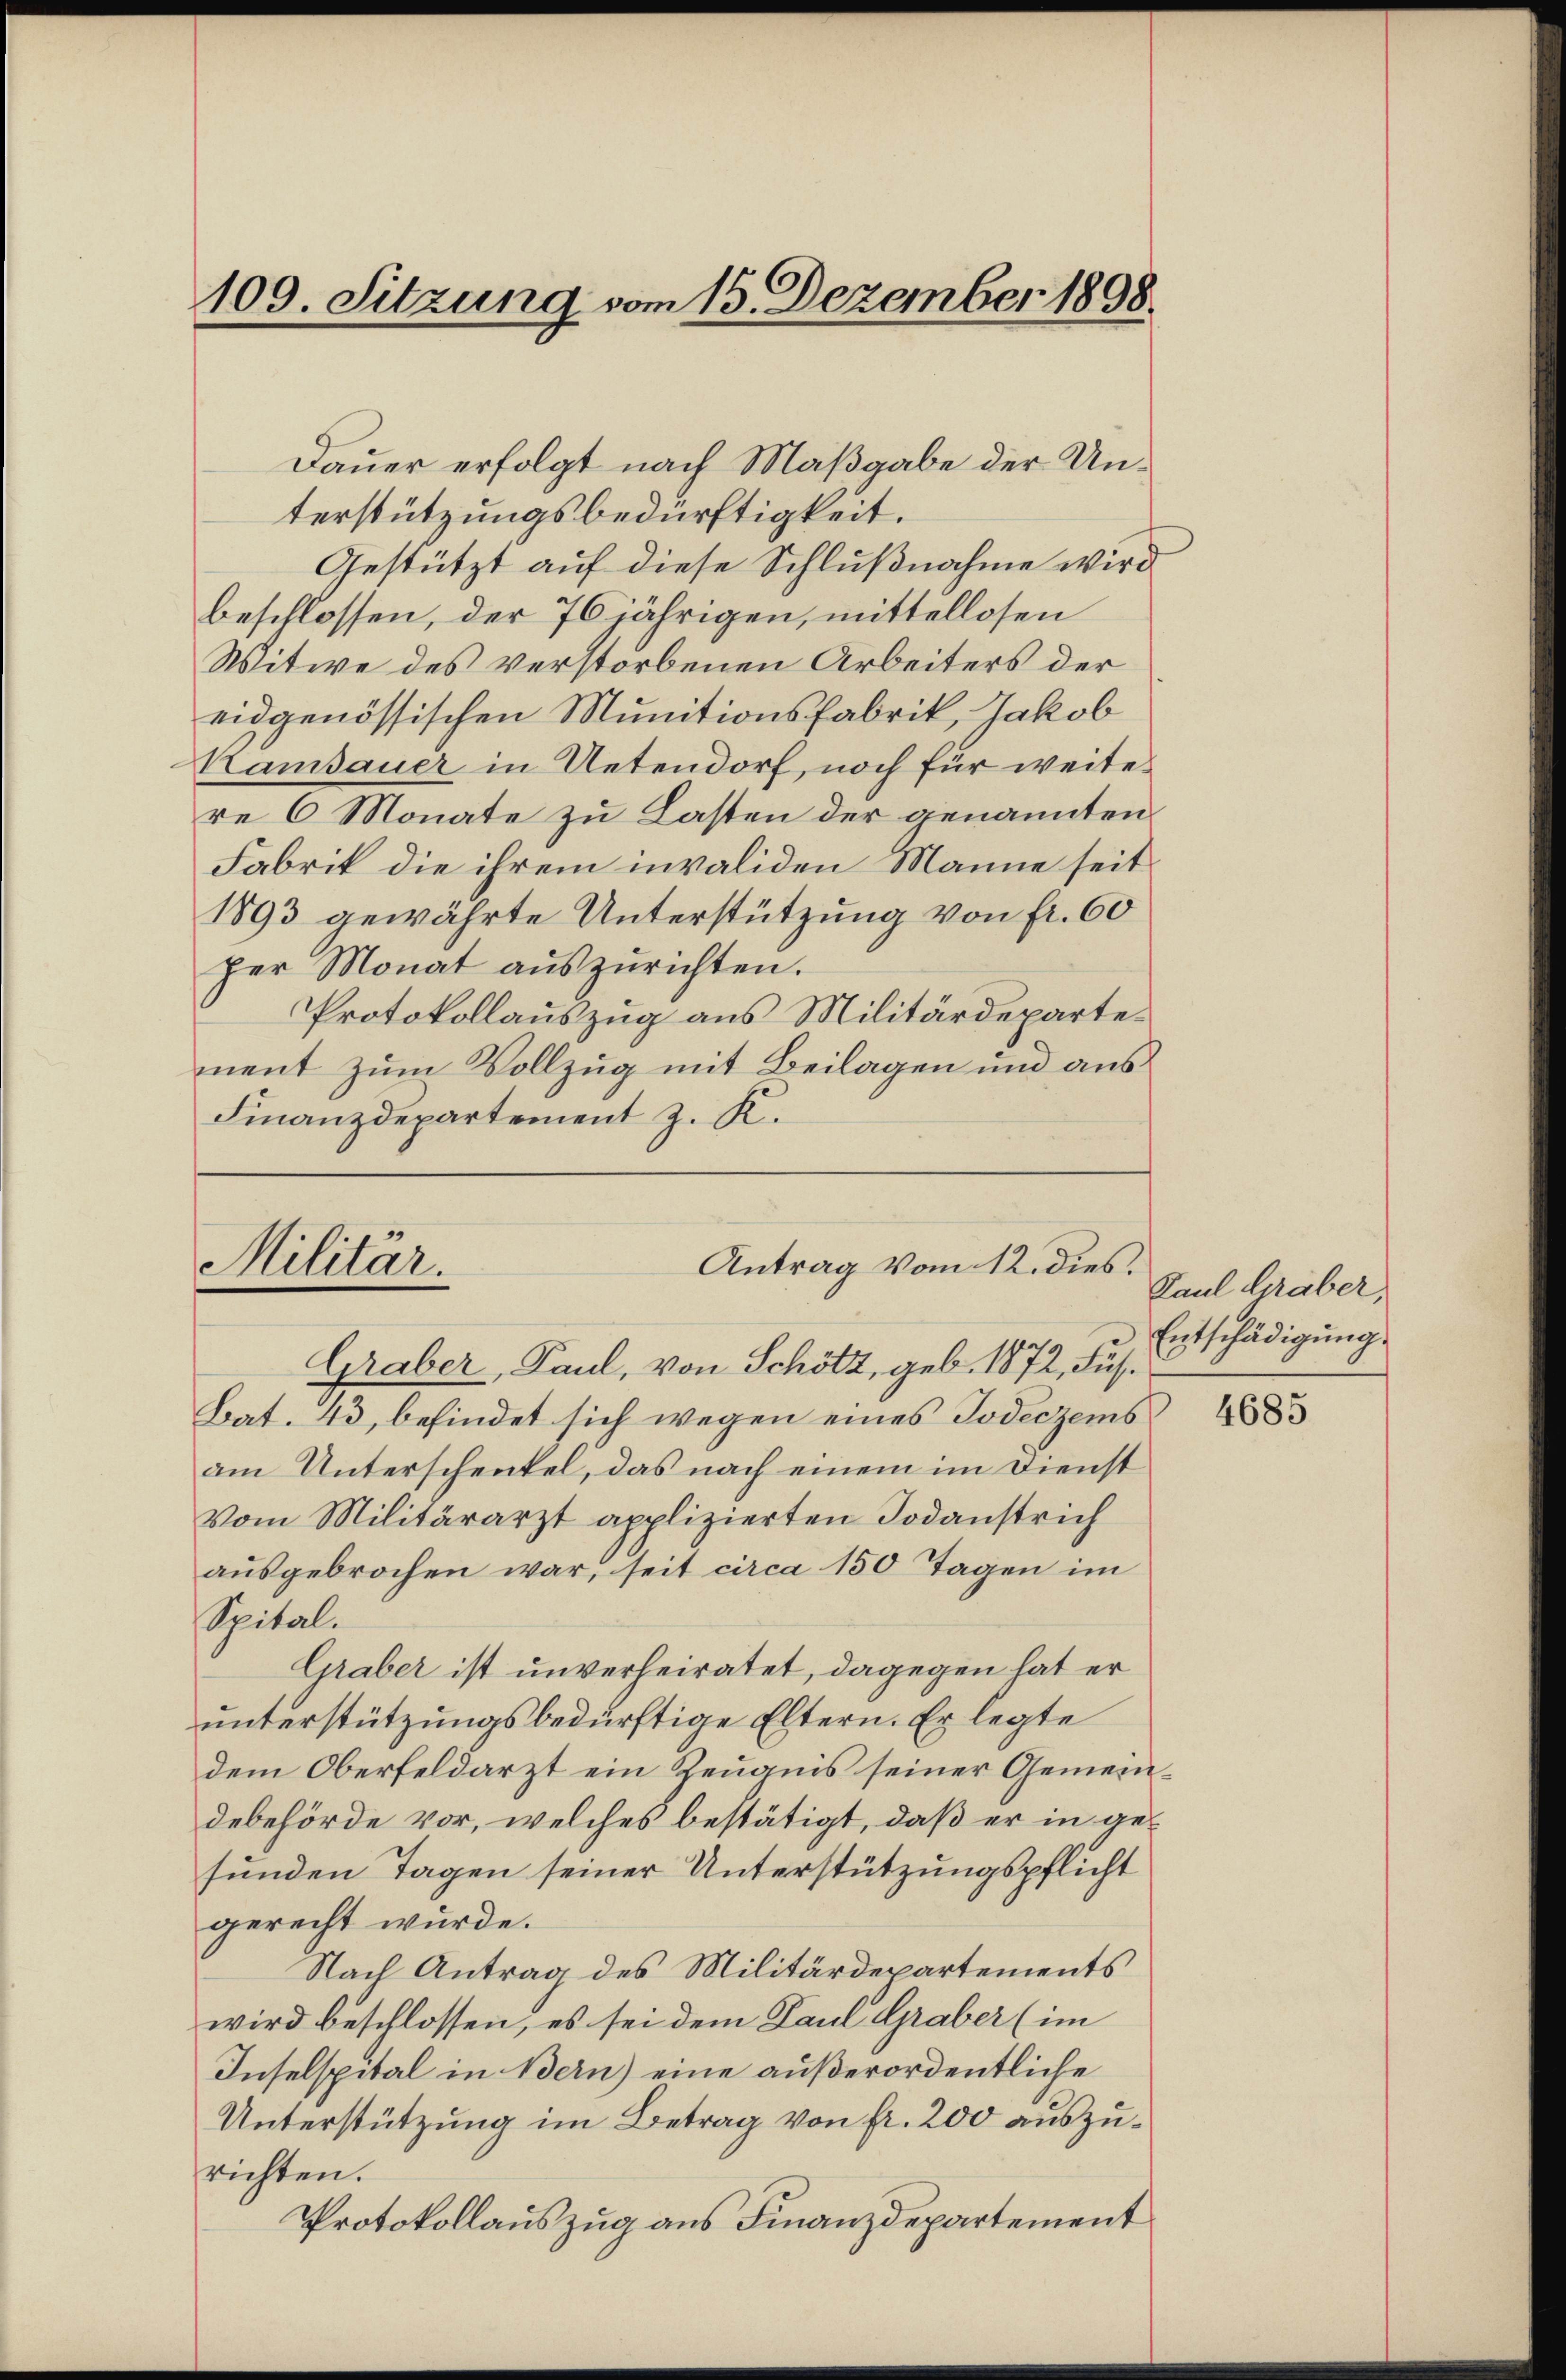
109. Sitzung vom 15. Dezember 1898.

Dauer erfolgt nach Maßgabe der Unterstützungsbedürftigkeit.
Gestützt auf diese Schlußnahme wird
beschlossen, der 76 jährigen, mittellosen
Witwe des verstorbenen Arbeiters der
eidgenössischen Munitionsfabrik, Jakob
Hamsauer in Uetendorf, noch für weiter
re 6 Monate zu Lasten der genannten
Fabrik die ihrem invaliden Manne seit
1893 gewährte Unterstützung von fr. 60
per Monat auszurichten.
Protokollauszug aus Militärdepartement zum Vollzug mit Beilagen und aus
Finanzdepartement z. K.

Militar.

Antrag vom 12. dies

Graber, Paul, von Schötz, geb. 1872, Füs¬
Bat. 43, befindet sich wegen eines Todeczems
am Unterschenkel, das nach einem im Dienst
Vom Militärarzt applizierten Todanstrich
aŭsgebrochen war, seit circa 150 Tagen im
Spital.
Graber ist unverheiratet, dagegen hat er
unterstützungsbedürftige Eltern. Er legte
dem Oberfeldarzt ein Zeugnis seiner Gemeindebehörde vor, welches bestätigt, daß er in gefunden Tagen seiner Unterstützungspflicht
gerecht wurde.
Nach Antrag des Militärdepartements
wird beschlossen, es sei dem Paul Graber (im
Inselspital in Bern) eine außerordentliche
Unterstützung im Betrag von fr. 200 auszurichten.
Protokollauszug aus Finanzdepartement

Paul Gräber,
Entschädigung.

4685